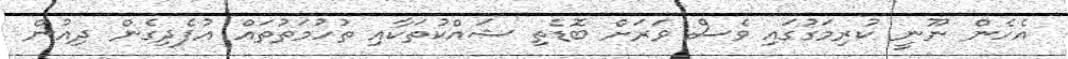
އެހެން ނޫނީ ކުރިމަގުގައި ވެސް ވަރަށް ބޮޑެތި ޝައްކުތަކާއި ތުހުމަތުތައް އުފެދިގެން ދިއުން